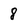
Character: 8